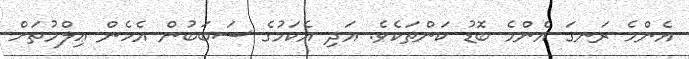
އެންމެ ރަނގަ އެންމެ ބޮޑު ކަންތަކެވެ. އަދި އެކަމުގެ ސަބަބުން އެހެން ޢިލްމުތަށް